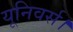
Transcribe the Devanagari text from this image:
यूनिवर्स।